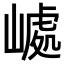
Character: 𡼆